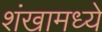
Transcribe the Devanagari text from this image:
शंखामध्ये